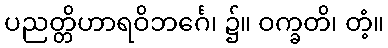
ပညတ္တိဟာရဝိဘင်္ဂေ၊ ၌။ ဝက္ခတိ၊ တံ့။